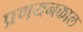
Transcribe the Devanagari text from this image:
प्रणयनकाल